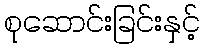
စုဆောင်းခြင်းနှင့်